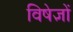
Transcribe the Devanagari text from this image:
विषेज्ञों